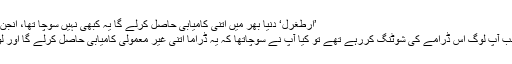
’ارطغرل‘ دنیا بھر میں اتنی کامیابی حاصل کرلے گا یہ کبھی نہیں سوچا تھا، انجن التان - Dunya Pakistan
میزبان نے انجن سے پوچھا جب آپ لوگ اس ڈرامے کی شوٹنگ کررہے تھے تو کیا آپ نے سوچاتھا کہ یہ ڈراما اتنی غیر معمولی کامیابی حاصل کرلے گا اور لوگ اسے اتنی محبت دیں گے۔